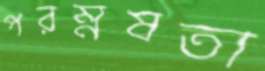
পরম্নষতা